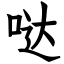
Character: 哒